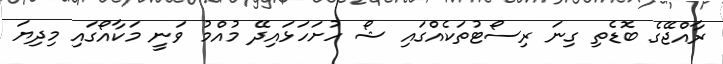
ރާއްޖޭގެ ބޮޑެތި ގިނަ ރިސޯޓުތަކެއްގައި ޝޯ ހުށަހަޅައިދޭ މުއްމު ވަނީ މަކާއޯގައި މިދިޔަ